Scottish Certificate of Education, 1963
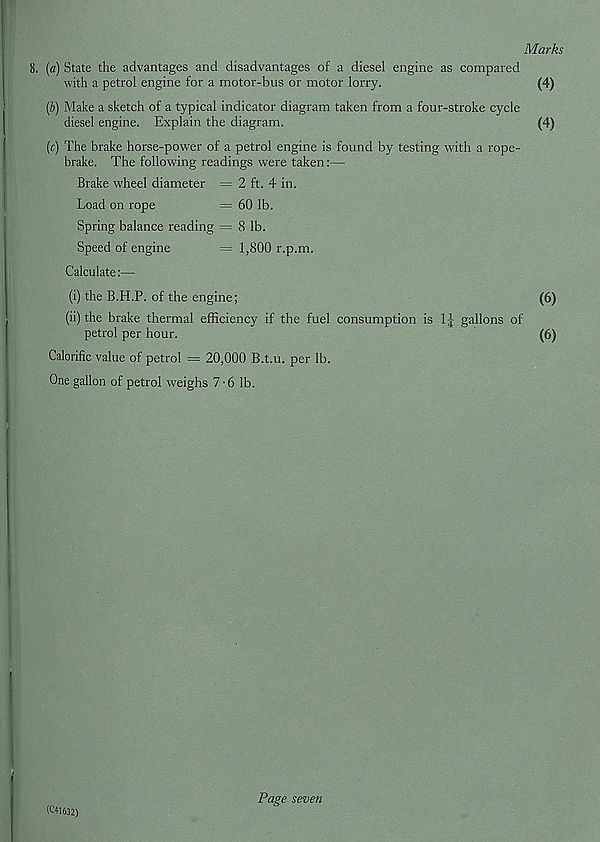
Marks
8. [a) State the advantages and disadvantages of a diesel engine as compared
with a petrol engine for a motor-bus or motor lorry.
(4)
(b) Make a sketch of a typical indicator diagram taken from a four-stroke cycle
diesel engine. Explain the diagram.
(4)
(c) The brake horse-power of a petrol engine is found by testing with a rope-
brake. The following readings were taken:—
Brake wheel diameter ~ 2 ft. 4 in.
Load on rope
= 60 lb.
Spring balance reading = 8 lb.
Speed of engine
= 1,800 r.p.m.
Calculate:—
(i) the B.H.P. of the engine;
(6)
(ii) the brake thermal efficiency if the fuel consumption is
gallons of
petrol per hour.
(6)
Calorific value of petrol = 20,000 B.t.u. per lb.
One gallon of petrol weighs 7-6 lb.
(C41632)
Page seven